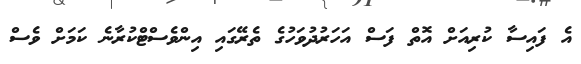
އެ ފައިސާ ކުރިއަށް އޮތް ފަސް އަހަރުދުވަހުގެ ތެރޭގައި އިންވެސްޓްކުރާނެ ކަމަށް ވެސް